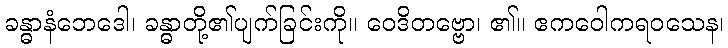
ခန္ဓာနံဘေဒေါ၊ ခန္ဓာတို့၏ပျက်ခြင်းကို။ ဝေဒိတဗ္ဗော၊ ၏။ ဧကဝေါကရဝသေန၊